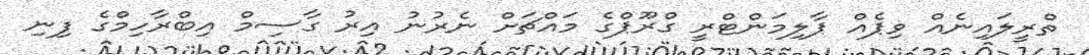
ތްރީލައިނެއް ވިޕެއް ޕާލިމަންޓްރީ ގްރޫޕްގެ މައްޗަށް ނެރުނު އިރު ގާސިމް އިބްރާހިމްގެ ފިނި